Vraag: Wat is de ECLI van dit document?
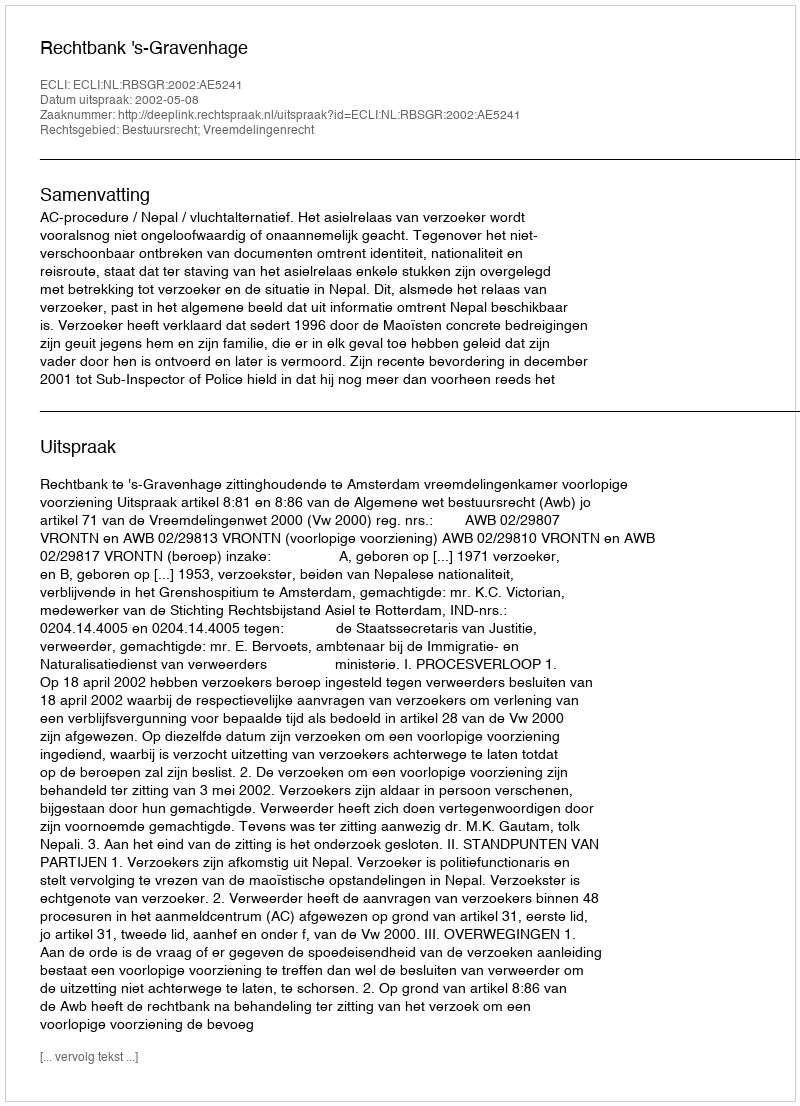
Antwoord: ECLI:NL:RBSGR:2002:AE5241